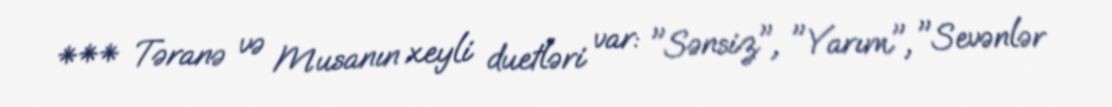
*** Təranə və Musanın xeyli duetləri var: "Sənsiz", "Yarım", "Sevənlər